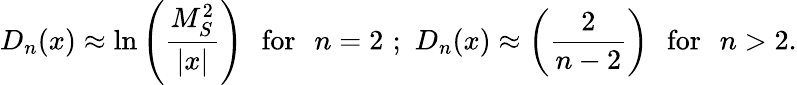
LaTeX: D_{n}(x)\approx\ln\left(\frac{M_{S}^{2}}{|x|}\right)\, \, \, \, \mathrm{for}\, \, \, \, n=2\, \, ;\, \, D_{n}(x)\approx\left(\frac{2}{n-2}\right)\, \, \, \, \mathrm{for}\, \, \, \, n>2.